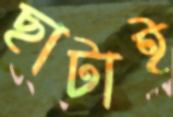
ছাটাই